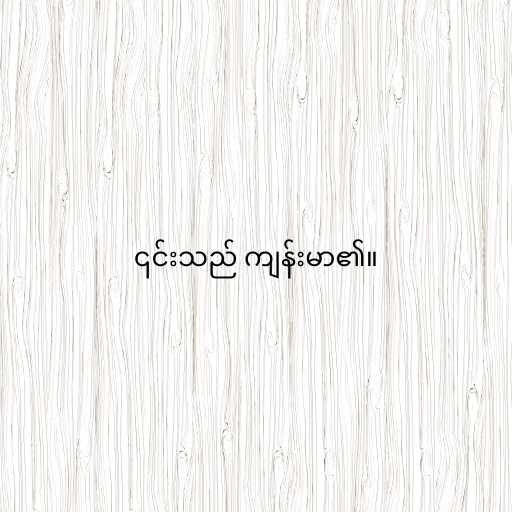
၎င်းသည် ကျန်းမာ၏။